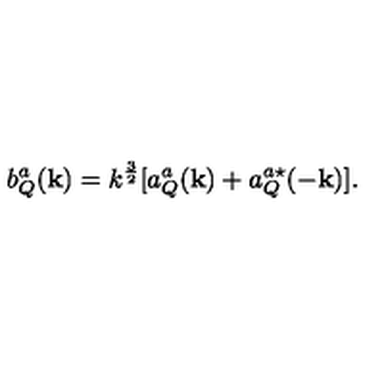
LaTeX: b _ { Q } ^ { a } ( { \bf { k } } ) = k ^ { \frac { 3 } { 2 } } [ a _ { Q } ^ { a } ( { \bf { k } } ) + a _ { Q } ^ { a \star } ( - { \bf { k } } ) ] .